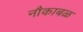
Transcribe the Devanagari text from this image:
नौकाबळ